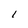
Character: I